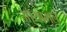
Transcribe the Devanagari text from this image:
आयामल